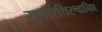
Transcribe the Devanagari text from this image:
सुषारथिरश्वानिव